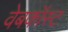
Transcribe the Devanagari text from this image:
वेबकॉस्ट